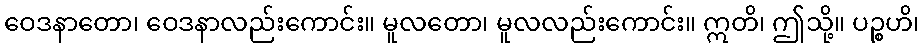
ဝေဒနာတော၊ ဝေဒနာလည်းကောင်း။ မူလတော၊ မူလလည်းကောင်း။ ဣတိ၊ ဤသို့။ ပဉ္စဟိ၊